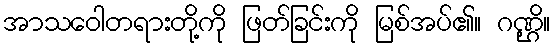
အာသဝေါတရားတို့ကို ဖြတ်ခြင်းကို မြစ်အပ်၏။ ဂဏ္ဌိ။